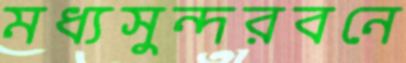
মধ্যসুন্দরবনে